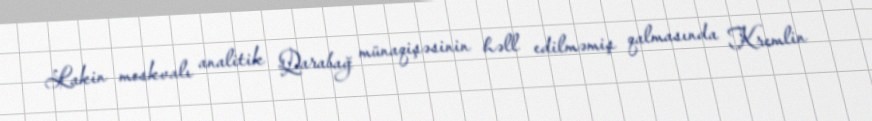
Lakin moskvalı analitik Qarabağ münaqişəsinin həll edilməmiş qalmasında Kremlin